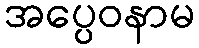
အပ္ပေဝနာမ